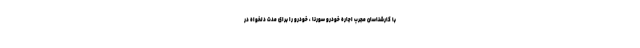
با کارشناسان مجرب اجاره خودرو سورنا ، خودرو را برای مدت دلخواه در